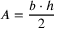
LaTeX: A = { \frac { b \cdot h } { 2 } }